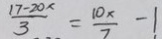
\frac { 1 7 - 2 0 x } { 3 } = \frac { 1 0 x } { 7 } - 1